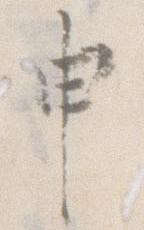
申